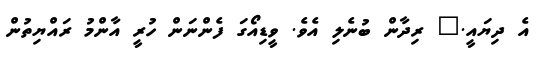
އެ ދިޔައީ." ރިދާން ބުނެލި އެވެ. ވީޑިއޯގަ ފެންނަން ހުރީ އާންމު ރައްޔިތުން